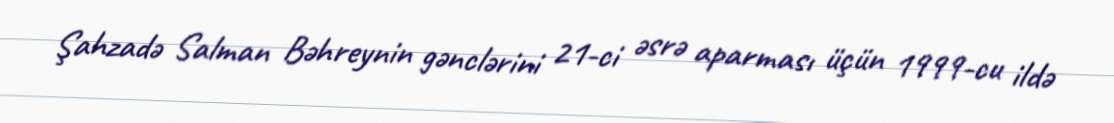
Şahzadə Salman Bəhreynin gənclərini 21-ci əsrə aparması üçün 1999-cu ildə